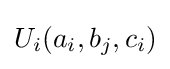
U_{i}(a_{i},b_{j},c_{i})